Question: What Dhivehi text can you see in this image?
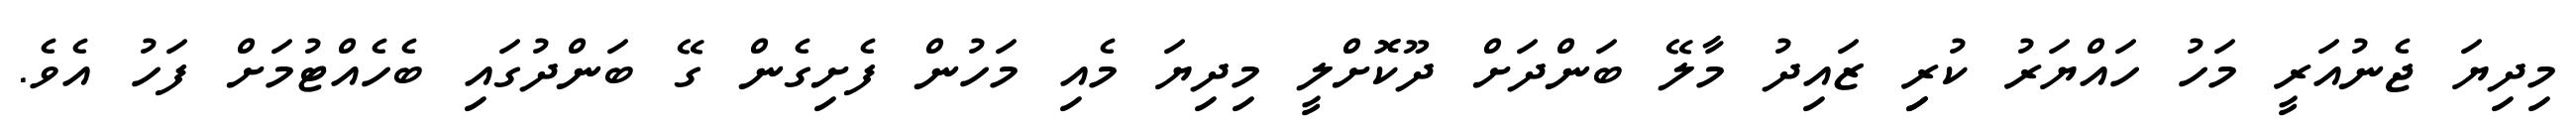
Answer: މިދިޔަ ޖެނުއަރީ މަހު ހައްޔަރު ކުރިި ޒައިދު މާލޭ ބަންދަށް ދޫކޮށްލީ މިދިޔަ މެއި މަހުން ފެށިގެން ގޭ ބަންދުގައި ބެހެއްޓުމަށް ފަހު އެވެ.